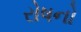
રોષનો